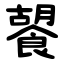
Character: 䭌